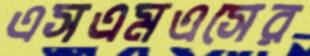
এসএমএসের